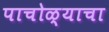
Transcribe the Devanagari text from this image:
पाचोळ्याचा